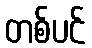
တစ်ပင်